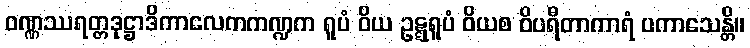
ဝဏ္ဏဿရတ္တဒုဋ္ဌာဒိကာလေကကဏ္ဍက ရူပံ ဝိယ ဥဋ္ဋရူပံ ဝိယစ ဝိပရီတာကာရံ ပကာသေန္တိ။